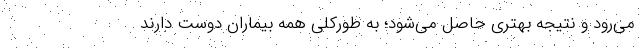
می‌رود و نتیجه بهتری حاصل می‌شود؛ به طورکلی همه بیماران دوست دارند